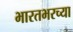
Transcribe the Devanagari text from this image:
भारतभरच्या